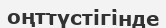
оңттүстігінде